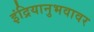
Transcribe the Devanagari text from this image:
इंद्रियानुभवावर